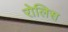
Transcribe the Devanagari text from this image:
रोलिस